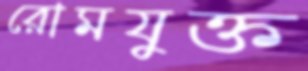
রোমযুক্ত